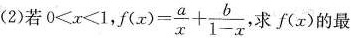
(2)若$$0<x<1$$，$$f(x)= \frac{a}{x}+ \frac{b}{1-x}$$,求f(x)的最